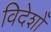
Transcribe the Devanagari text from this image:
विदेशोँ